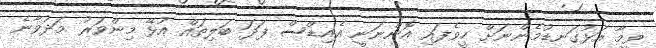
ވީމާ އަޅުގަނޑުމެންނަށް ހީވެފައި އޮންނަނީ އެއިޑްސް ފަދަ ބަލިތައް އުޅޭ މިންވަރު މަދުވާނެ